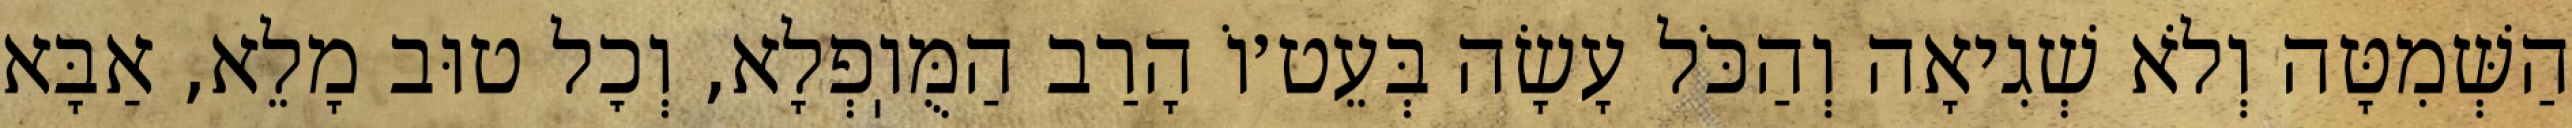
הַשְּׁמִטָּה וְלֹא שְׁגִיאָה וְהַכֹּל עָשָׂה בְּעֵט׳וֹ הָרַב הַמֻּוֽפְלָא, וְכׇל טוּב מָלֵא, אַבָּא